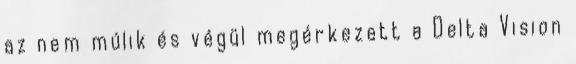
az nem múlik és végül megérkezett a Delta Vision